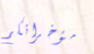
مؤخراتكم